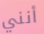
أنني